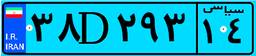
۱۸D۴۵۷۷۴